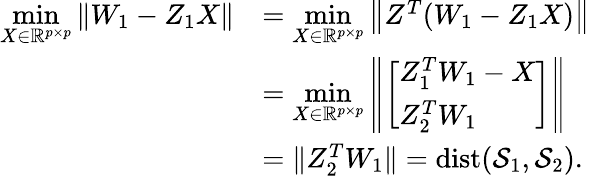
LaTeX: \begin{array}{rl}{\underset{X\in\mathbb{R}^{p\times p}}{\operatorname*{min}}\| W_{1}-Z_{1}X\| }&{=\underset{X\in\mathbb{R}^{p\times p}}{\operatorname*{min}}\left\| Z^{T}(W_{1}-Z_{1}X)\right\| }\\ &{=\underset{X\in\mathbb{R}^{p\times p}}{\operatorname*{min}}\left\| \left[\begin{array}{l}{Z_{1}^{T}W_{1}-X}\\ {Z_{2}^{T}W_{1}}\end{array}\right]\right\| }\\ &{=\| Z_{2}^{T}W_{1}\| ={\mathrm{dist}}(\mathcal{S}_{1},\mathcal{S}_{2}).}\end{array}